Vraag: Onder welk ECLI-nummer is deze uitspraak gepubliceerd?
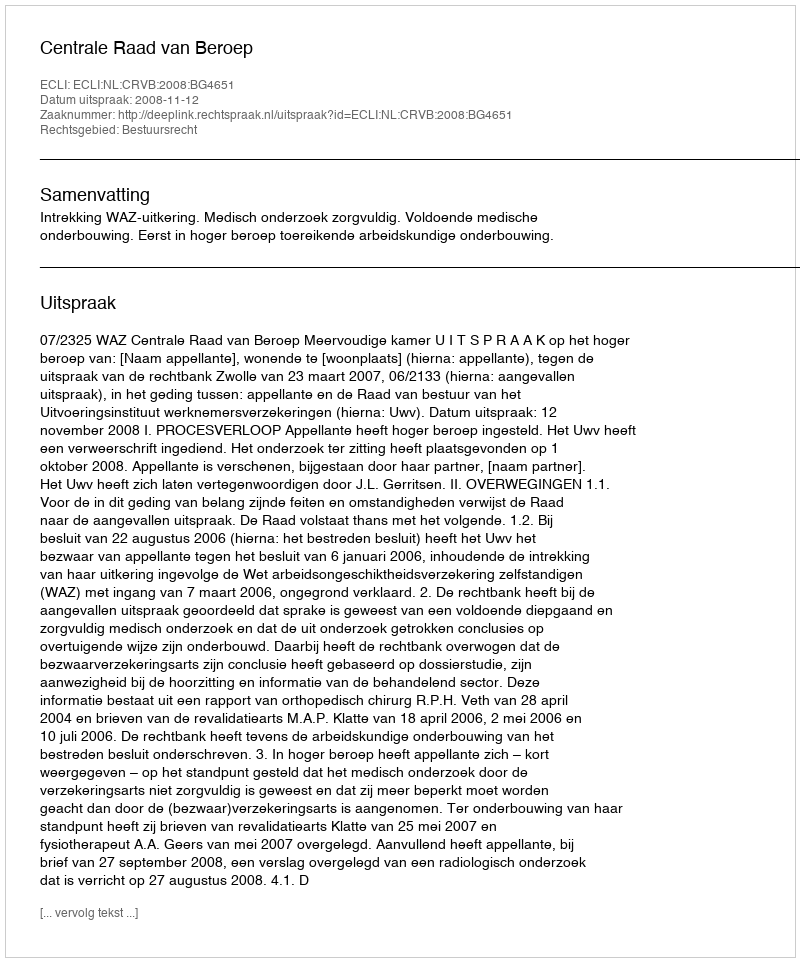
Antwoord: ECLI:NL:CRVB:2008:BG4651